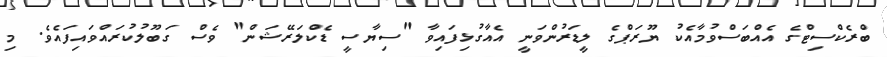
ބްރެކްސިޓްގެ އެއްބަސްވުމާއެކު ޔޫރަޕްގެ ލީޑަރުންވަނީ އެއާގުޅިފައިވާ "ސިޔާސީ ޑެކްލަރޭޝަން" ވެސް ގަބޫލުކުރައްވައިފައެވެ. މި